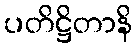
ပတိဋ္ဌိတာနိ